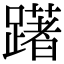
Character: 躇